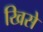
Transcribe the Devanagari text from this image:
खिसे